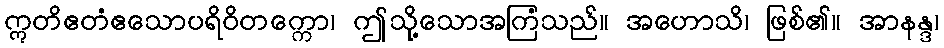
ဣတိဧတံဧသောပရိဝိတက္ကော၊ ဤသို့သောအကြံသည်။ အဟောသိ၊ ဖြစ်၏။ အာနန္ဒ၊